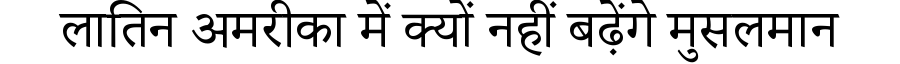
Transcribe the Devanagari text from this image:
लातिन अमरीका में क्यों नहीं बढ़ेंगे मुसलमान